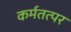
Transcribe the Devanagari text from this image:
कर्मतत्पर